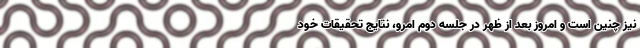
نیز چنین است و امروز بعد از ظهر در جلسه دوم اِمرو، نتایج تحقیقات خود